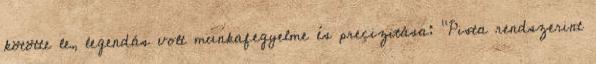
kötötte le, legendás volt munkafegyelme és precizitása: "Pista rendszerint